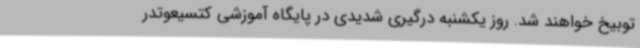
توبیخ خواهند شد. روز یکشنبه درگیری شدیدی در پایگاه آموزشی کتسیعوتدر